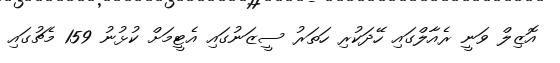
އޮޒިލް ވަނީ ރެއާލްގައި ހޭދަކުރި ހަތަރު ސީޒަނުގައި އެޓީމަށް ކުޅުނު 159 މެޗުގައި